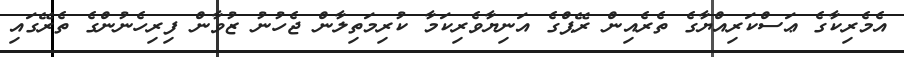
އެމެރިކާގެ ޢަސްކަރިއްޔާގެ ތެރެއިން ރޭޕްގެ އަނިޔާވެރިކަމާ ކުރިމަތިލާން ޖެހުނު ޒުވާން ފިރިހެނުންގެ ތެރޭގައި